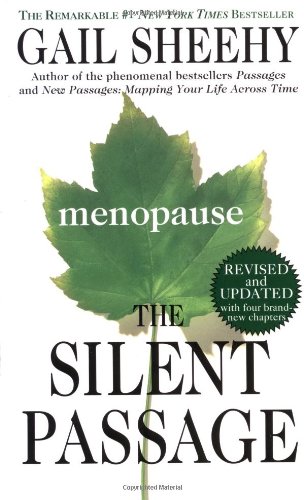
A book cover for The Silent Passage: Revised and Updated Edition; Gail Sheehy; Health, Fitness & Dieting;